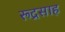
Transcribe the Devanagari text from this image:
रूद्रसाह